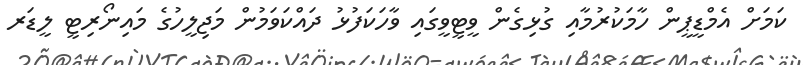
ކަމަށް އެމްޑީޕީން ހާމަކުރުމާއި ގުޅިގެން ވީޓީވީގައި ވާހަކަފުޅު ދައްކަވަމުން މަޖިލީހުގެ މައިނޯރިޓީ ލީޑަރ